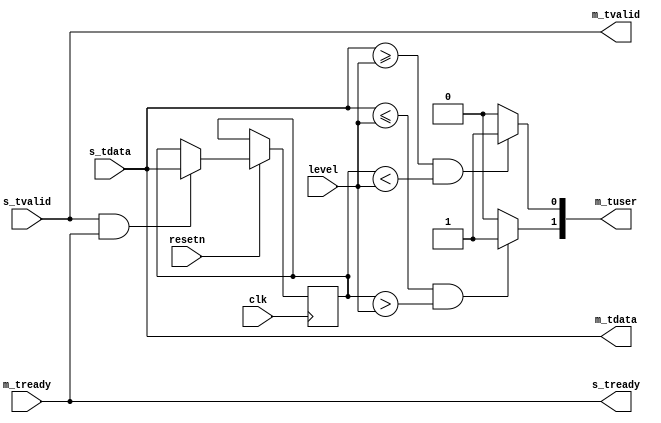
`timescale 1ns / 1ps
`default_nettype none

module trigger_detector #(
    parameter integer WIDTH = 16
) (
    input wire clk,
    input wire resetn,
    
    input wire s_tvalid,
    output wire s_tready,
    input wire [WIDTH-1:0] s_tdata,

    input wire [WIDTH-1:0] level,

    output wire m_tvalid,
    input wire m_tready,
    output wire [WIDTH-1:0] m_tdata,
    output reg [1:0] m_tuser // trigger {falling, rising}
);
    // combinatorial-only component to keep it simple.
    wire signed [WIDTH-1:0] signed_level = level;
    wire signed [WIDTH-1:0] signed_s_tdata = s_tdata;
    
    reg signed [WIDTH-1:0] signed_last_data;
    reg last_data_valid = 0;
    
    // pass interface signals through
    assign m_tvalid = s_tvalid;
    assign s_tready = m_tready;
    assign m_tdata = s_tdata;
    
    // store last valid sample
    always @(posedge clk) begin
        if (resetn == 0) begin
            last_data_valid <= 0;
        end else if (s_tvalid == 1 && s_tready == 1) begin
            last_data_valid <= 1;
            signed_last_data <= signed_s_tdata;
        end
    end
    
    // implement level detects
    always @(*) begin
        m_tuser[0] = (signed_s_tdata >= signed_level && signed_last_data < signed_level) ? 1'b1 : 1'b0;
        m_tuser[1] = (signed_s_tdata <= signed_level && signed_last_data > signed_level) ? 1'b1 : 1'b0;
    end
endmodule